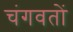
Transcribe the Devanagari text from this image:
चंगवतों